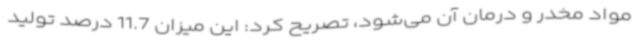
مواد مخدر و درمان آن می‌شود، تصریح کرد: این میزان 11.7 درصد تولید